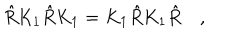
\hat { R } K _ { 1 } \hat { R } K _ { 1 } = K _ { 1 } \hat { R } K _ { 1 } \hat { R } \quad ,